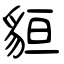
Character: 貆